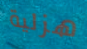
هزلية